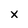
Character: x